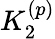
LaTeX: K_{2}^{(p)}